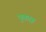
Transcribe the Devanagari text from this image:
पुकारू